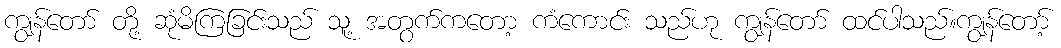
ကျွန်တော် တို့ ဆုံမိကြခြင်းသည် သူ့ အတွက်ကတော့ ကံကောင်း သည်ဟု ကျွန်တော် ထင်ပါသည်။ကျွန်တော့်